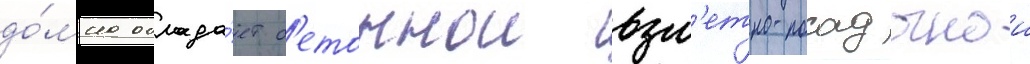
до́мна облада́ет б'етоннои взл'етно-посадочнои